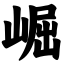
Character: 崛